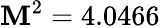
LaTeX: \mathbf{M}^{2}=4.0466